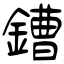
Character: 鏪